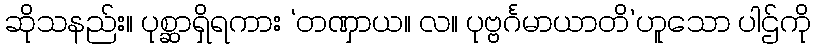
ဆိုသနည်း။ ပုစ္ဆာရှိရကား ‘တဏှာယ။ လ။ ပုဗ္ဗင်္ဂမာယာတိ’ဟူသော ပါဌ်ကို